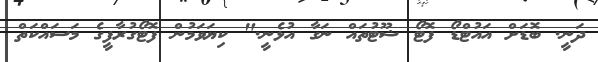
ދަނީ. ބޮޑަށް އައުޓްޑޯ ފޮޓޯ ޝޫޓުތައް ނަގާ އުޅެނީ." ކިޔަވަމުން ފޮޓޯގުރާފީގެ މަސައްކަތް